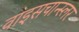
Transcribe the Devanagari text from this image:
वाइसचान्स्लर